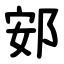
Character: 䢿